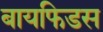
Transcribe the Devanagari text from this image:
बायफिडस